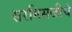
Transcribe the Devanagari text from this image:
सरमिसळीचे